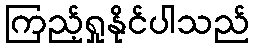
ကြည့်ရှုနိုင်ပါသည်